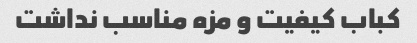
کباب کیفیت و مزه مناسب نداشت